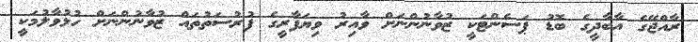
ރާއްޖޭގެ އާބާދީގެ ބޮޑު ޕަސެންޓަކީ ޒުވާނުންނަށް ވާއިރު ވިޔަފާރީގެ ފުރުސަތުތައް ޒުވާނުންނަށް ހުޅުވާލުމަކީ